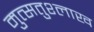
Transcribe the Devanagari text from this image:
मुत्सतुश्लाख